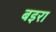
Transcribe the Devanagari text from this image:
बइरा